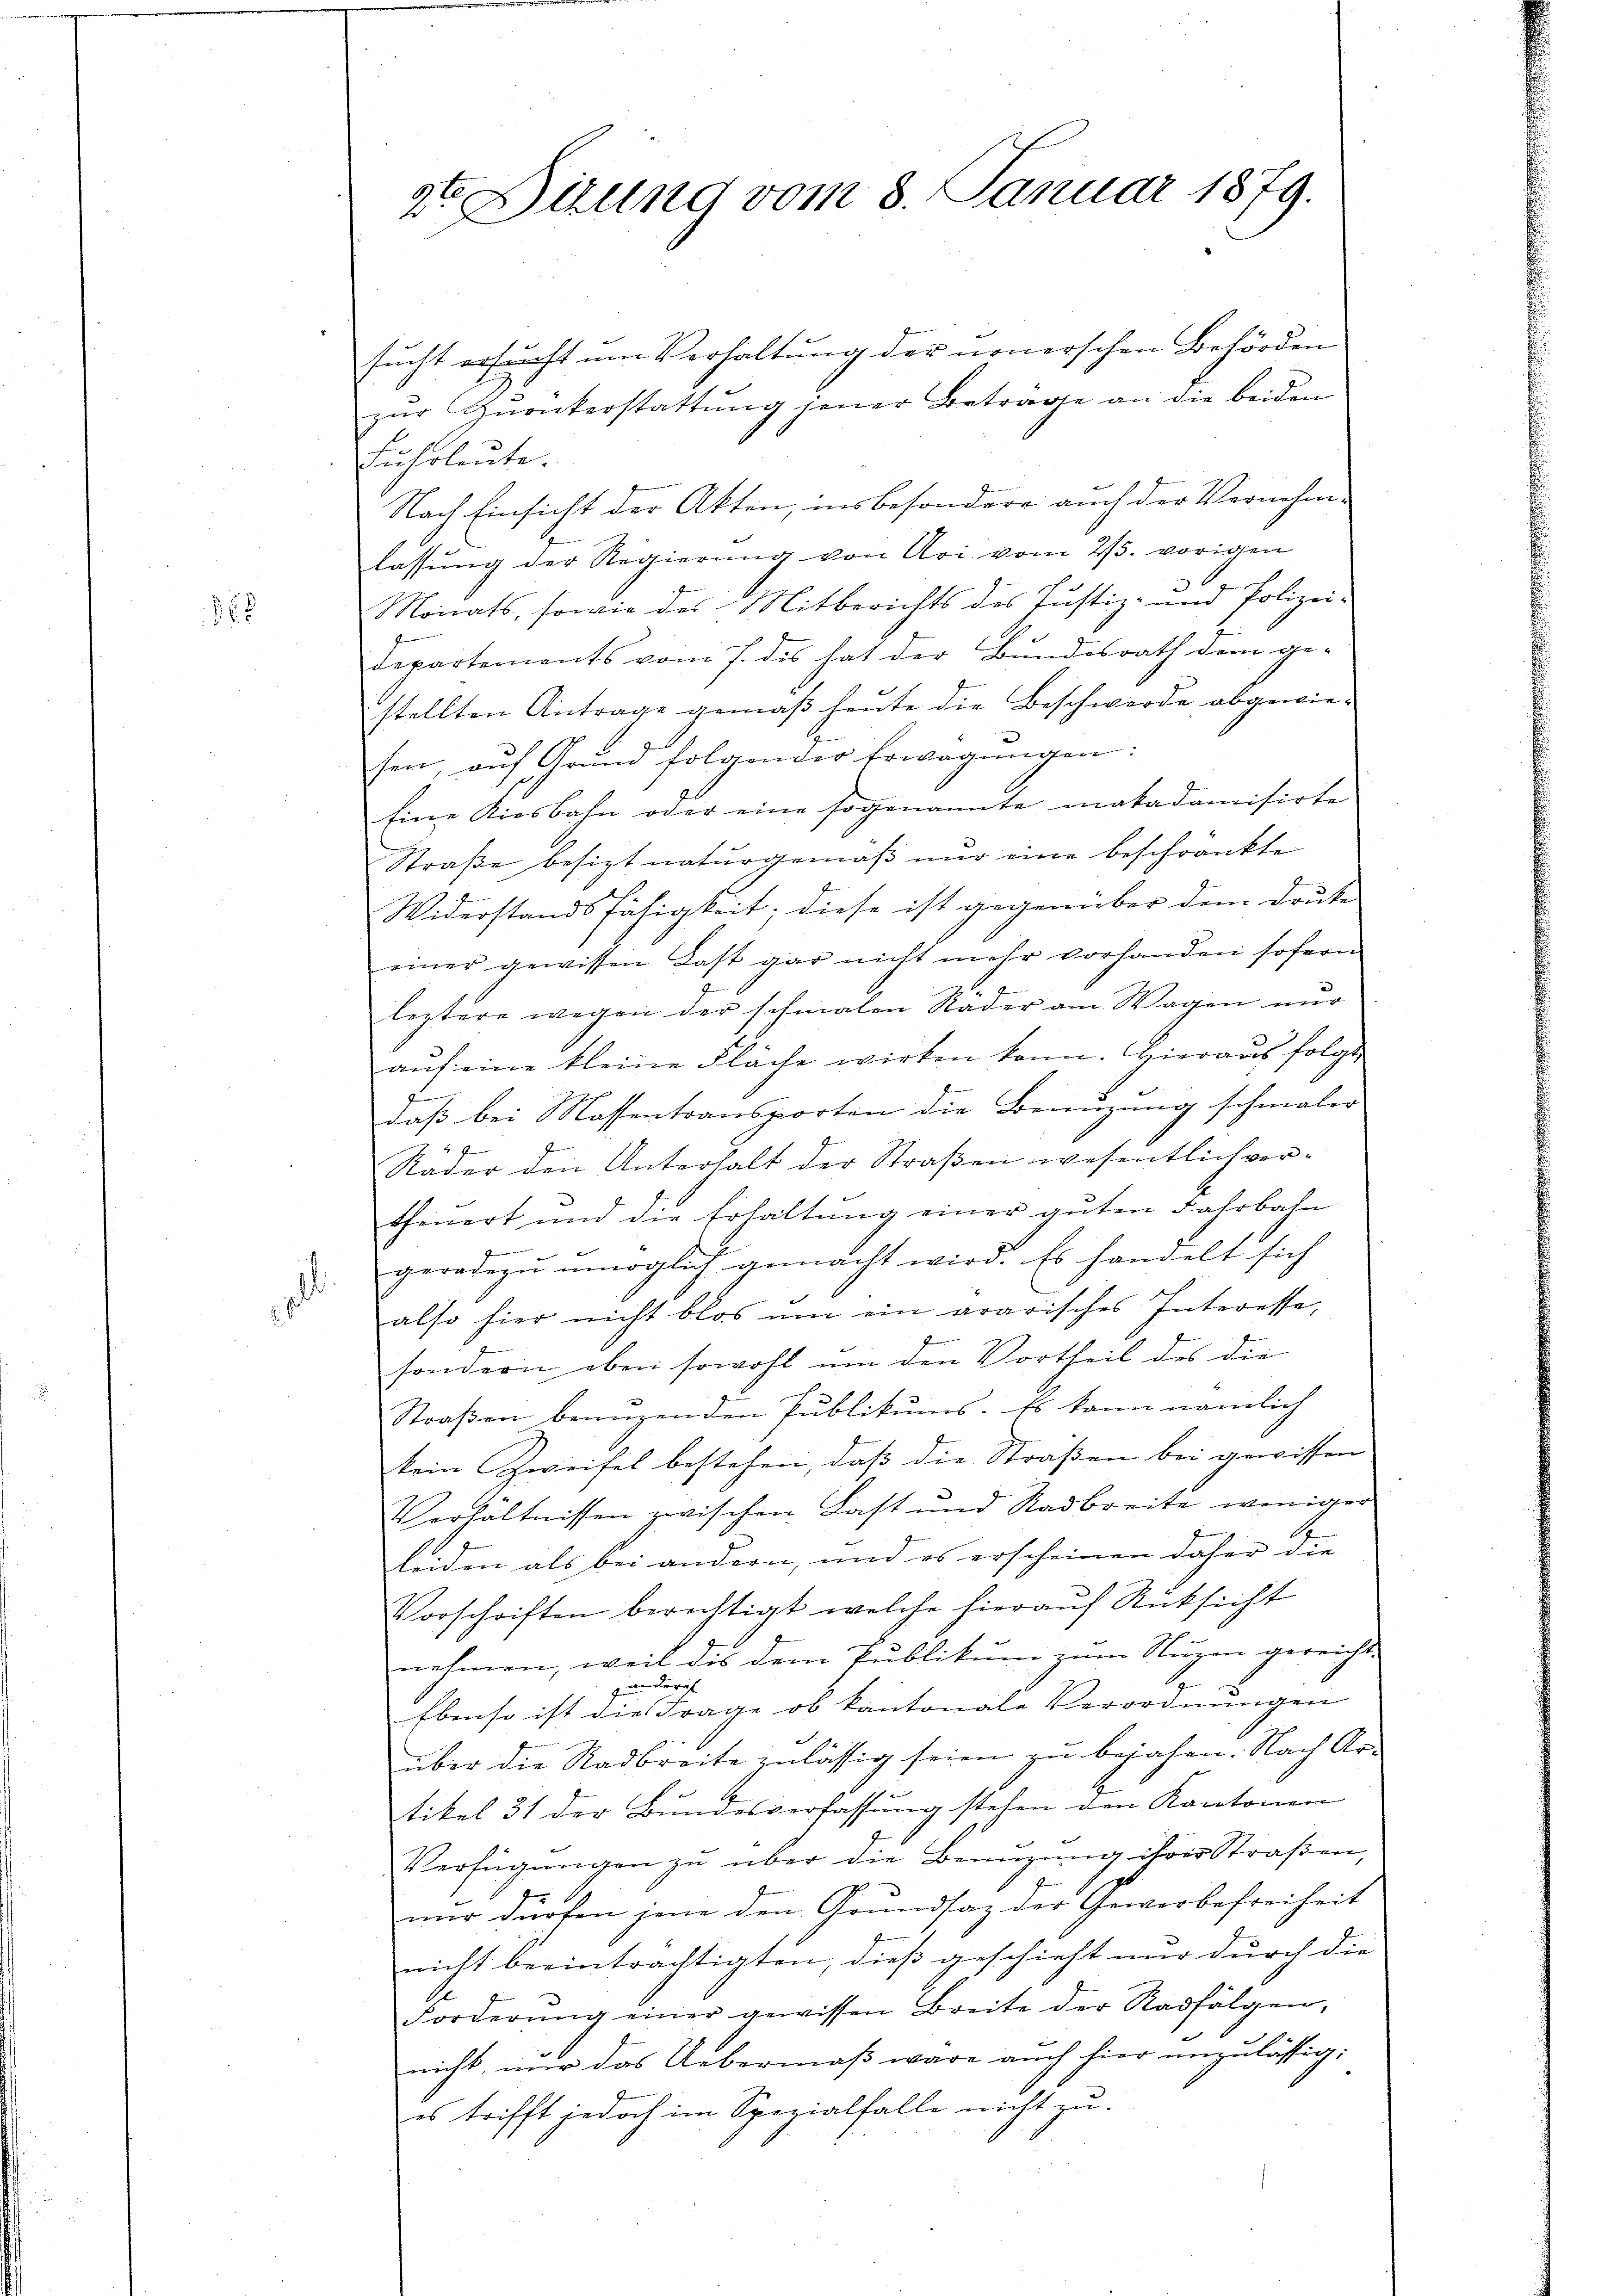
868

.

.
.

2te Dirung vom 8. Januar 1879.

sucht ersucht um Verhaltung der neuerschen Behörden
zur Quanterstattung jener Betrage an die beiden
Fuhrleute.
Nach Einsicht der Akten, insbesondere auch der Vernehm-
lassung der Regierung von Uri vom 25. vorigen
Monats, sowie des Mitberichts des Justiz- und Polizei-
departements vom 7. des hat der Bundesrath dem ge-
stellten Antrage gemäß heute die Beschwerde abgewiesen, auf Grund folgender Erwägungen:
Eine Kiesbahn oder eine sogenannte makademisirte
Straße besizt naturgemäß nur eine beschränkte
Widerstandsfähigkeit; diese ist gegenüber dem Druke
einer gewissen Last gar nicht mehr vorhanden sofern
leztere wegen der schmalen Rader am Wagen nur
aŭf eine kleine Fläche wirken kann. Hieraus folgt,
F
daß bei Massentransporten die Benuzung schmaler
Räder den Unterhalt der Straßen wesentlich vertheuert und die Erhaltŭng einer guten Fahrbahn
e
geradezu unmöglich gemacht wird. Es handelt sich
also hier nicht blos ŭm ein ararisches Interesse,
x
sondern eben sowohl um den Vortheil des die
Straßen benuzenden Publikums. Es kann nämlich
kein Zweifel bestehen, daß die Straßen bei gewissen
Verhältnissen zwischen Last und Stadbreite weniger
 6
leiden als bei andern, und es erscheinen daher die
Vorschriften berechtigt, welche hierauf Rücksicht
nehmen, weil die dem Publikum zum Nuzen gereicht
andern
Ebenso ist die Frage ob kantonale Verordnungen
über die Radbreite zulässig seien zu bejahen. Nach Ar-
tikel 31 der Bundesverfassung stehen den Kantonen
Verfügŭngen zu über die Benuzung ihrer Straßen,
nur dürfen jene den Grundsaz der Gewerbefreiheit
nicht beeinträchtigten, dieß geschieht nur durch die
Forderŭng einer gewissen Breite der Radfalgen,
nicht nur das Uebermaß wäre auch hier unzulässig:
es trifft jedoch im Spezialfalle nicht zu.